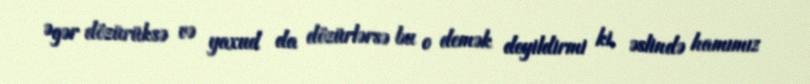
Əgər dözürüksə və yaxud da dözürlərsə bu o demək deyildirmi ki, əslində hamımız